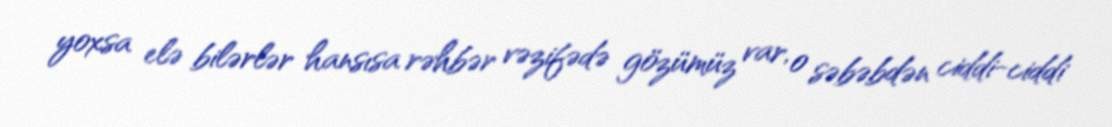
yoxsa elə bilərlər hansısa rəhbər vəzifədə gözümüz var, o səbəbdən ciddi-ciddi